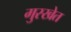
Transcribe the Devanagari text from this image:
गुरखेत